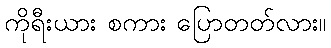
ကိုရီးယား စကား ပြောတတ်လား။